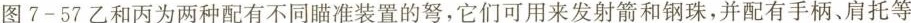
图7-57乙和丙为两种配有不同瞄准装置的弩，它们可用来发射箭和钢珠，并配有手柄、肩托等